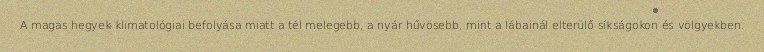
A magas hegyek klimatológiai befolyása miatt a tél melegebb, a nyár hűvösebb, mint a lábainál elterülő síkságokon és völgyekben.